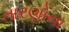
તારણોના